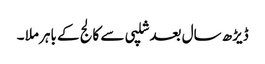
ڈیڑھ سال بعد شلپی سے کالج کے باہر ملا ۔